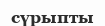
сүрыпты